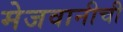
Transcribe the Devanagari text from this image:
मेजवानीची